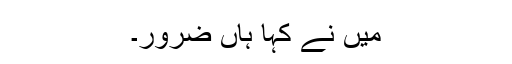
میں نے کہا ہاں ضرور۔